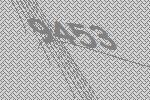
9453